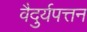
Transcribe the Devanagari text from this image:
वैदुर्यपत्तन